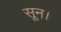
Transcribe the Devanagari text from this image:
सून।